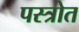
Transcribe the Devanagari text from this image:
पस्त्रोत